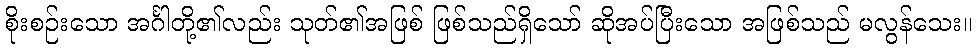
စိုးစဉ်းသော အင်္ဂါတို့၏လည်း သုတ်၏အဖြစ် ဖြစ်သည်ရှိသော် ဆိုအပ်ပြီးသော အဖြစ်သည် မလွန်သေး။